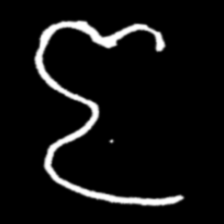
Pyu character \u2014 Myanmar letter: ဇ (romanized: ja)